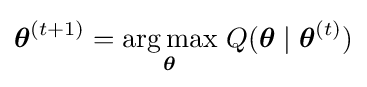
{\boldsymbol {\theta }}^{(t+1)}={\underset {\boldsymbol {\theta }}{\operatorname {arg\,max} }}\ Q({\boldsymbol {\theta }}\mid {\boldsymbol {\theta }}^{(t)})